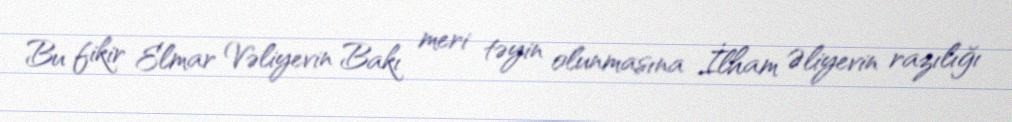
Bu fikir Elmar Vəliyevin Bakı meri təyin olunmasına İlham Əliyevin razılığı